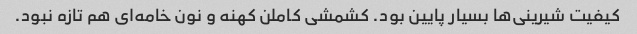
کیفیت شیرینی‌ها بسیار پایین بود. کشمشی کاملن کهنه و نون خامه‌ای هم تازه نبود.